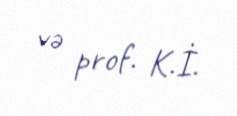
və prof. K.İ.